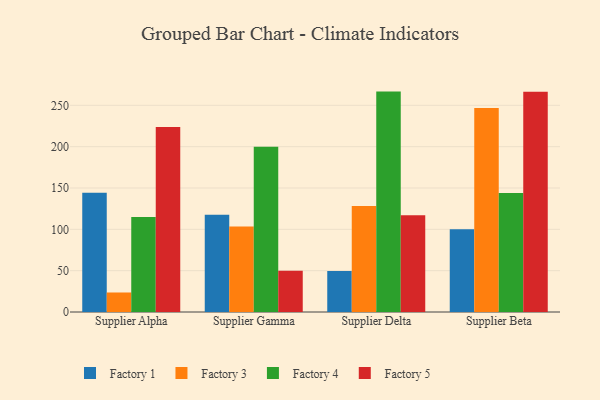
{"axis": {"x": "Supplier", "y": "Active Users"}, "legend": ["Factory 1", "Factory 3", "Factory 4", "Factory 5"], "data": [{"x": "Supplier Alpha", "y": 144.1, "type": "Factory 1"}, {"x": "Supplier Alpha", "y": 23.6, "type": "Factory 3"}, {"x": "Supplier Alpha", "y": 115.0, "type": "Factory 4"}, {"x": "Supplier Alpha", "y": 223.9, "type": "Factory 5"}, {"x": "Supplier Gamma", "y": 117.7, "type": "Factory 1"}, {"x": "Supplier Gamma", "y": 103.3, "type": "Factory 3"}, {"x": "Supplier Gamma", "y": 199.9, "type": "Factory 4"}, {"x": "Supplier Gamma", "y": 49.8, "type": "Factory 5"}, {"x": "Supplier Delta", "y": 49.7, "type": "Factory 1"}, {"x": "Supplier Delta", "y": 128.1, "type": "Factory 3"}, {"x": "Supplier Delta", "y": 266.6, "type": "Factory 4"}, {"x": "Supplier Delta", "y": 117.0, "type": "Factory 5"}, {"x": "Supplier Beta", "y": 100.0, "type": "Factory 1"}, {"x": "Supplier Beta", "y": 246.8, "type": "Factory 3"}, {"x": "Supplier Beta", "y": 144.0, "type": "Factory 4"}, {"x": "Supplier Beta", "y": 266.3, "type": "Factory 5"}]}